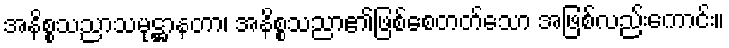
အနိစ္စသညာသမုဋ္ဌာနတာ၊ အနိစ္စသညာ၏ဖြစ်စေတတ်သော အဖြစ်လည်းကောင်း။